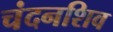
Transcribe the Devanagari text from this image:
चंदनशिव